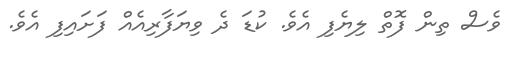
ވެސް ތިން ފޮތް ލިޔެފި އެވެ. ކުޑަ ދެ ވިޔަފާރިއެއް ފަށައިފި އެވެ.